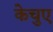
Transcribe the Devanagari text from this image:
केचुए